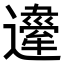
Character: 𨘇